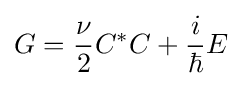
G={\frac {\nu }{2}}C^{\ast }C+{\frac {i}{\hbar }}E